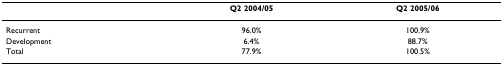
<table><thead><tr><td></td><td><b>Q2 2004/05</b></td><td><b>Q2 2005/06</b></td></tr></thead><tbody><tr><td>Recurrent</td><td>96.0%</td><td>100.9%</td></tr><tr><td>Development</td><td>6.4%</td><td>88.7%</td></tr><tr><td>Total</td><td>77.9%</td><td>100.5%</td></tr></tbody></table>